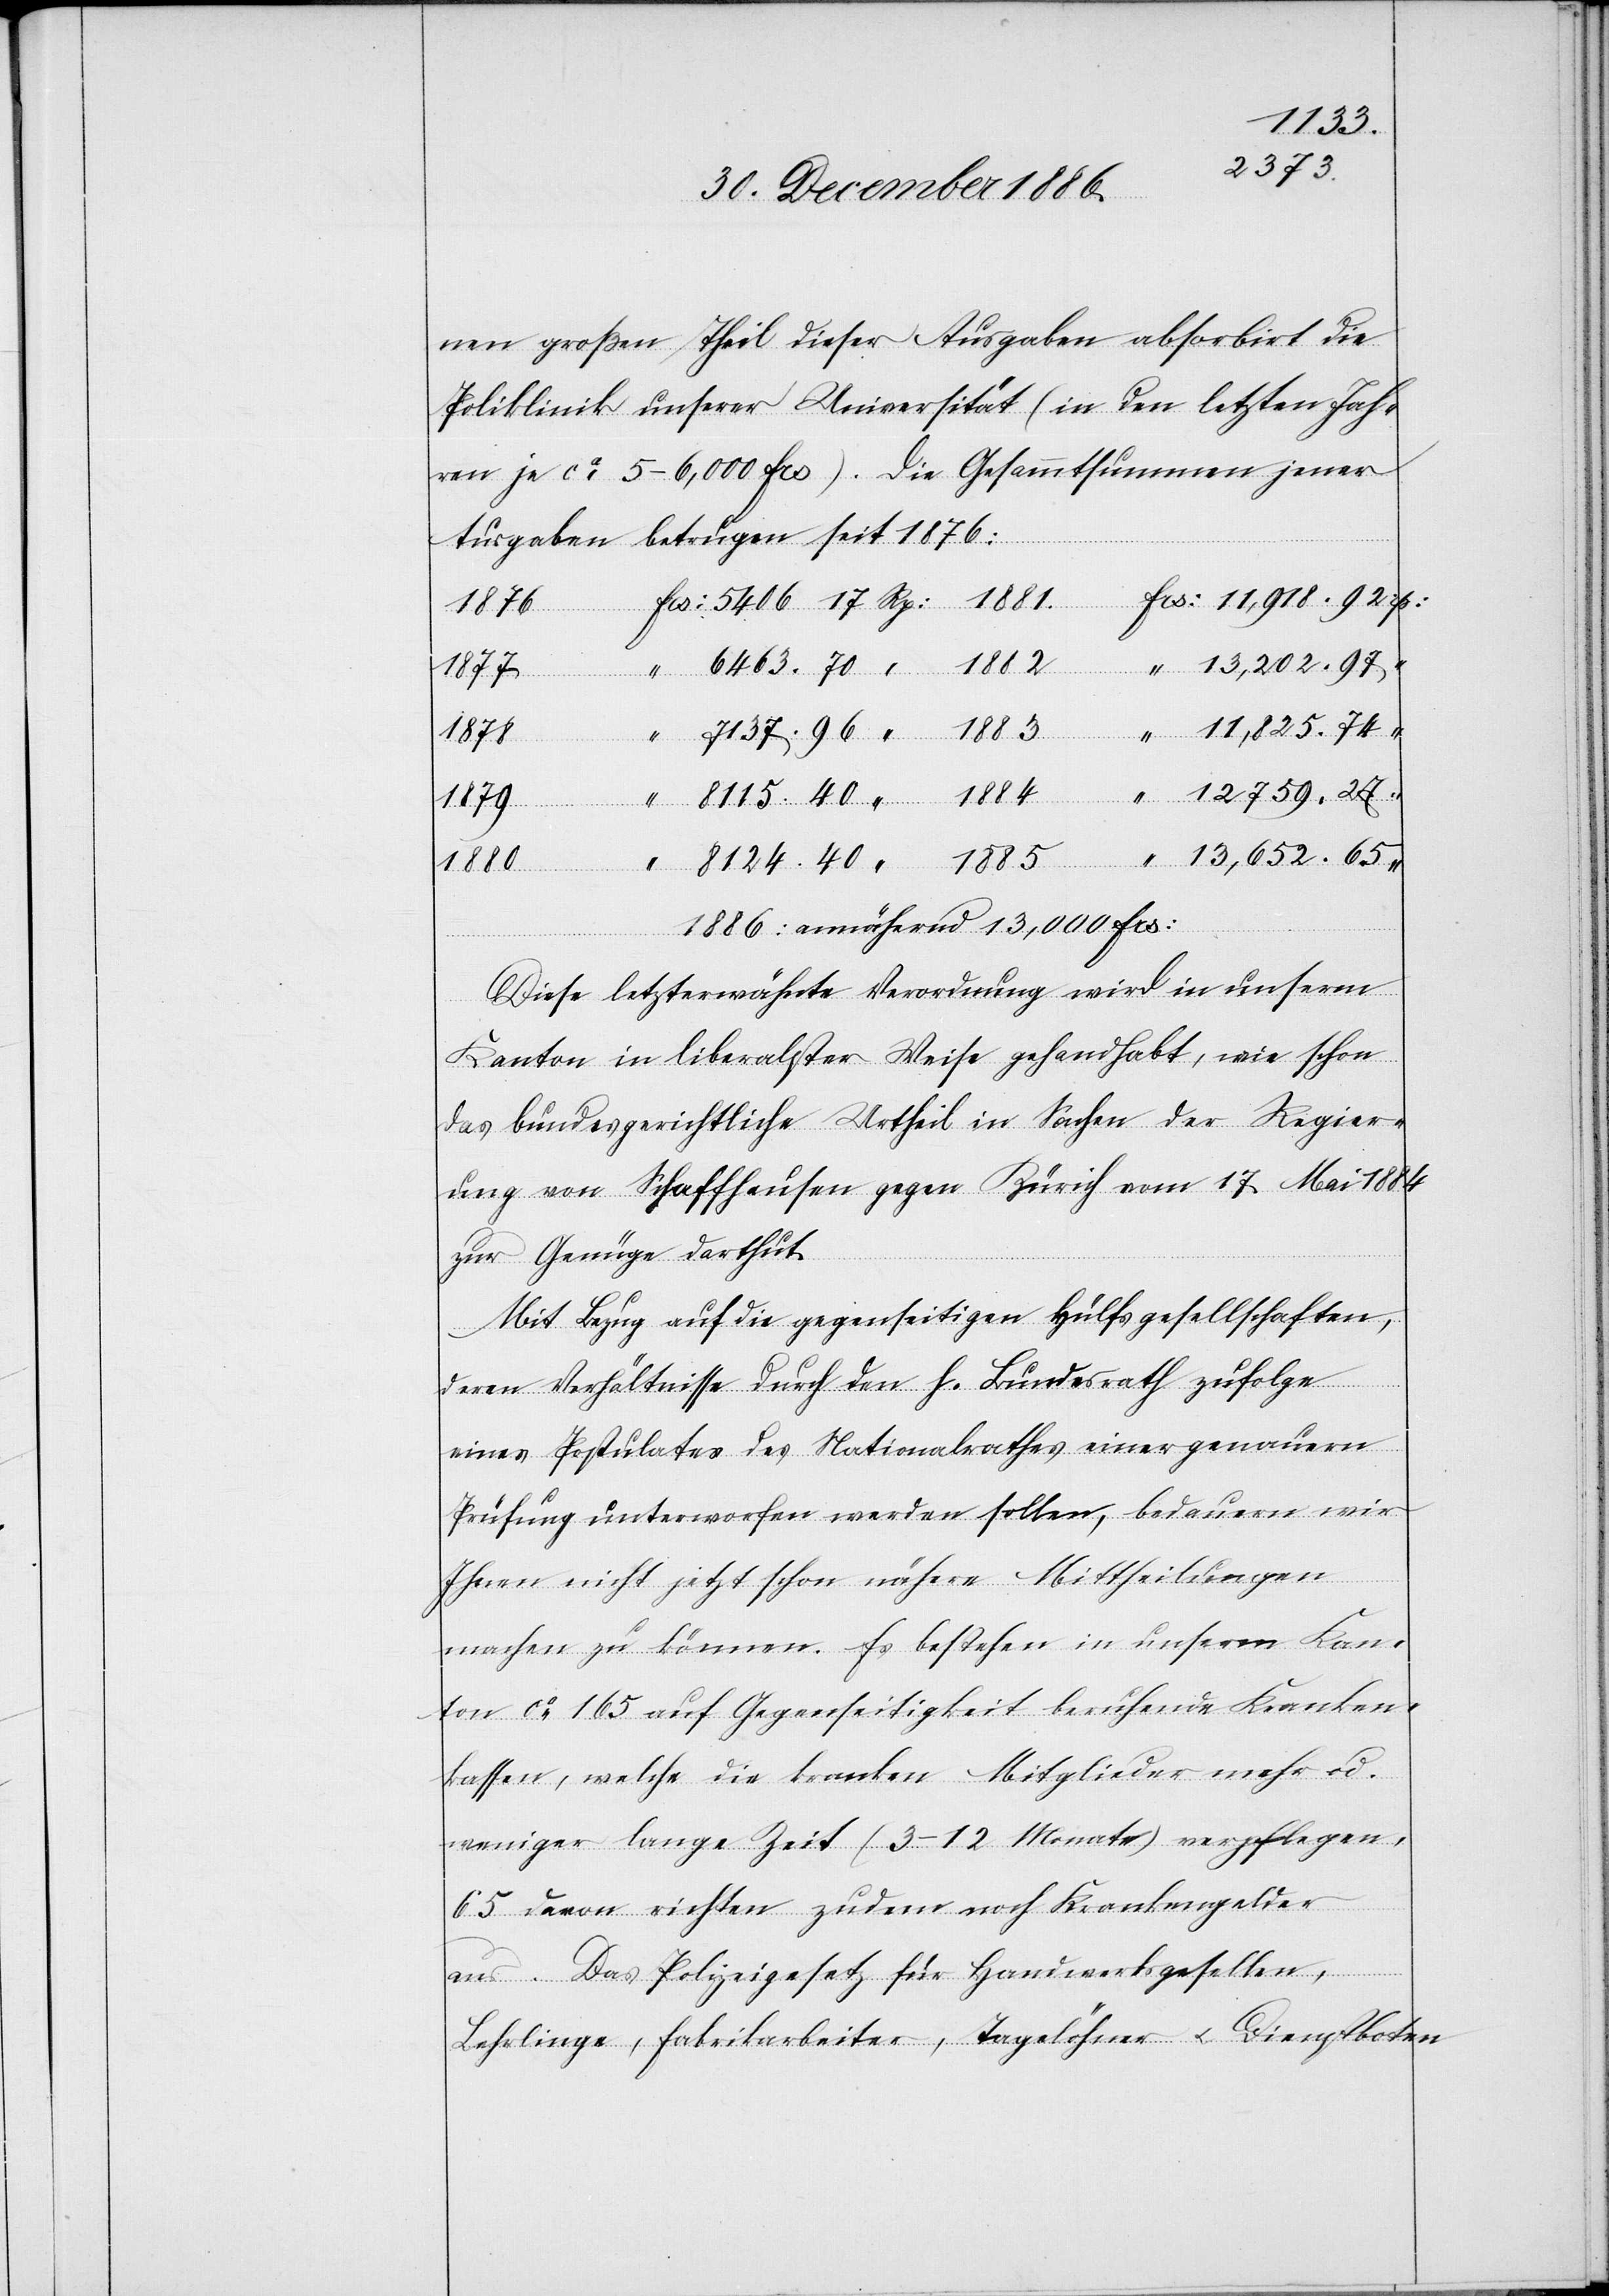
8124.
nen großen Theil dieser Ausgaben absorbirt die
Poliklinik unserer Universität (in den letzten Jah¬
ren je ca 5–6,000 Frs). Die Gesammtsummen jener
Ausgaben betrugen seit 1876:
1876
13,202.97
8115.
“
11,825.74
1878
rp:
1879
13,652.65
1886:
annähernd 13,000 Frs:
Diese letzterwähnte Verordnung wird in unserm
Kanton in liberalster Weise gehandhabt, wie schon
das bundesgerichtliche Urtheil in Sachen der Regier¬
ung von Schaffhausen gegen Zürich vom 17. Mai 1884
zur Genüge darthut.
Mit Bezug auf die gegenseitigen Hülfsgesellschaften,
deren Verhältnisse durch den h. Bundesrath zufolge
eines Postulates des Nationalrathes einer genauern
Prüfung unterworfen werden sollen, bedauern wir
Ihnen nicht jetzt schon nähere Mittheilungen
machen zu können. Es bestehen in unserm Kan¬
ton ca 165 auf Gegenseitigkeit beruhende Kranken¬
kassen, welche die kranken Mitglieder mehr od.
weniger lange Zeit (3–12 Monate) verpflegen,
65 davon richten zudem noch Krankengelder
aus. Das Polizeigesetz für Handwerksgesellen,
Lehrlinge, Fabrikarbeiter, Tagelöhner & Dienstboten